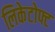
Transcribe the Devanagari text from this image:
लिकेटोफ्ट